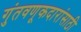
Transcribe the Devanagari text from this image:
गुंतवणूकदारांसाठी